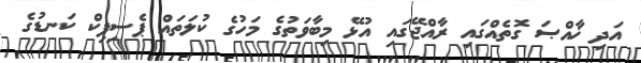
އަދި ޚާއްޞަ ގޮތެއްގައި ރާއްޖޭގައި އުޅޭ މިބާވަތުގެ މަހުގެ ކުލަތައް ޕެސިފިކް ކަނޑުގެ